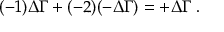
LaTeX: ( - 1 ) \Delta \Gamma + ( - 2 ) ( - \Delta \Gamma ) = + \Delta \Gamma \; .